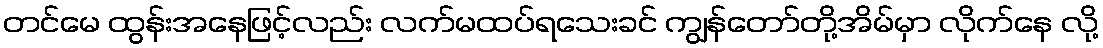
တင်မေ ထွန်းအနေဖြင့်လည်း လက်မထပ်ရသေးခင် ကျွန်တော်တို့အိမ်မှာ လိုက်နေ လို့